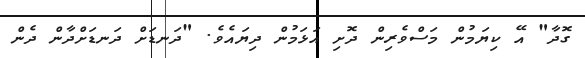
ގޮދާ" އޭ ކިޔަމުން މަސްވެރިން ދޮށި އަޅަމުން ދިޔައެވެ. "ދަނޑަށް ދަނޑަށްދާން ދެން